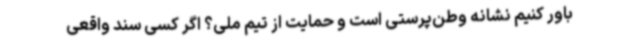
باور کنیم نشانه وطن‌پرستی است و حمایت از تیم‌ ملی؟ اگر کسی سند واقعی